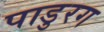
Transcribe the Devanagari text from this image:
पाडुरग